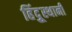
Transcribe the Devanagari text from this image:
हिंदूुस्थानी